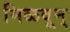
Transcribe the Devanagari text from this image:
मिळवून्